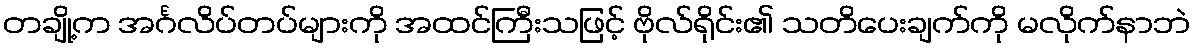
တချို့က အင်္ဂလိပ်တပ်များကို အထင်ကြီးသဖြင့် ဗိုလ်ရိုင်း၏ သတိပေးချက်ကို မလိုက်နာဘဲ